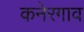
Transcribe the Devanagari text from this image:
कनेरगाव